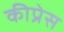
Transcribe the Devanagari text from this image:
कीप्रेस